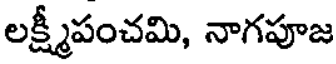
లక్ష్మీపంచమి, నాగపూజ